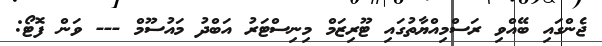
ޖެންގައި ބޭއްވި ރަސްމިއްޔާތުގައި ޓޫރިޒަމް މިނިސްޓަރު އަބްދު މައުސޫމް --- ވަން ފޮޓޯ: